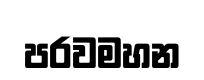
පරවමහන